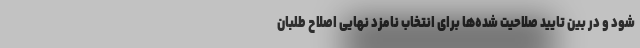
شود و در بین تایید صلاحیت شده‌ها برای انتخاب نامزد نهایی اصلاح طلبان